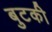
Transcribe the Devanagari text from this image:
बुटकी